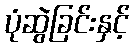
ပုံဆွဲခြင်းနှင့်